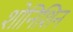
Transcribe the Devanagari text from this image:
शोनिशिन